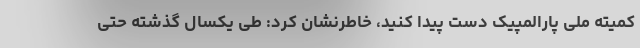
کمیته ملی پارالمپیک دست پیدا کنید، خاطرنشان کرد: طی یکسال گذشته حتی